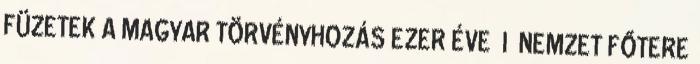
FÜZETEK A MAGYAR TÖRVÉNYHOZÁS EZER ÉVE I NEMZET FŐTERE